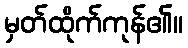
မှတ်ထိုက်ကုန်၏။